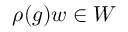
\rho ( g ) w \in W